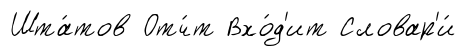
Шта́тов Отч́т Вхо́д'ит Словар'и́